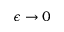
\epsilon \to 0